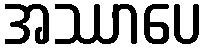
အဿာပေ